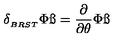
\delta _ { _ { B R S T } } \Phi \ss = { \frac { \partial } { \partial \theta } } \Phi \ss